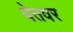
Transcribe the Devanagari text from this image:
बेतवर